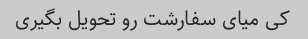
کی میای سفارشت رو تحویل بگیری